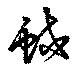
蛟